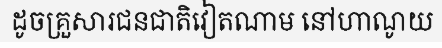
ដូចគ្រួសារជនជាតិវៀតណាម នៅហាណូយ